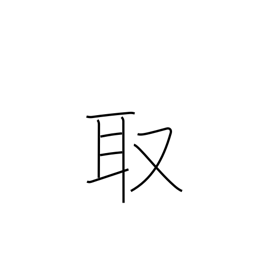
Meaning: take up